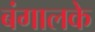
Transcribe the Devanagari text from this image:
बंगालके